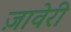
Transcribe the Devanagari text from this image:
ज़ावेरी